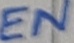
Text: EN